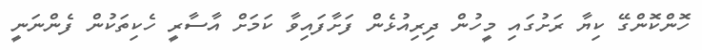
ހޮންކޮންގޭ ކިޔާ ރަށުގައި މީހުން ދިރިއުޅެން ފަށާފައިވާ ކަމަށް އާސާރީ ހެކިތަކުން ފެންނަނީ